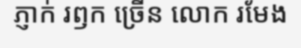
ភ្ញាក់ រឭក ច្រើន លោក រមែង